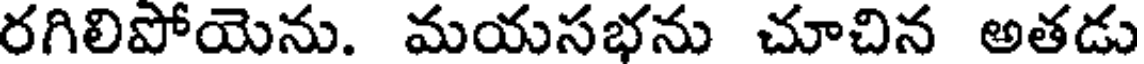
రగిలిపోయెను. మయసభను చూచిన అతడు